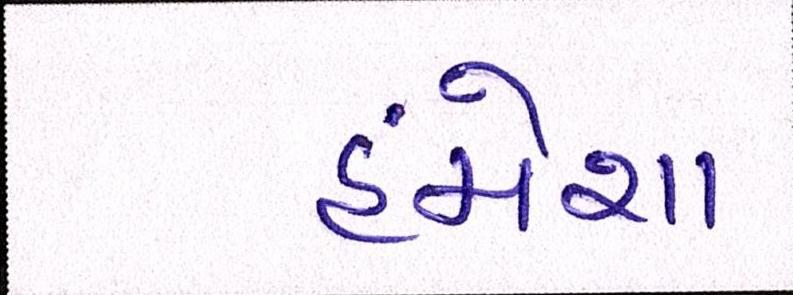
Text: હંમેશા